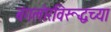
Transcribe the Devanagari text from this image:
बंगलोरविरूद्धच्या